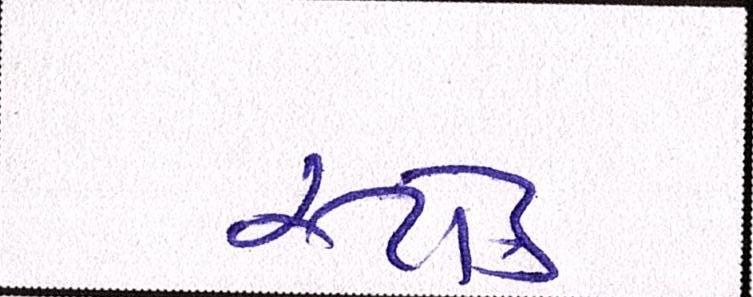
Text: સ્ટોક